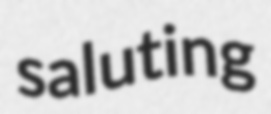
saluting